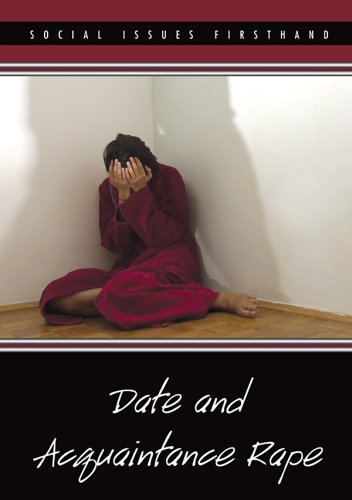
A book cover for Date and Acquaintance Rape (Social Issues Firsthand); Sharon Gunton; Teen & Young Adult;